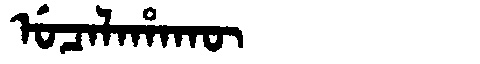
Manchu: ᡠᠴᠠᠯᠠᡥᠠᡴᡡ
Romanization: UCALAHAKŪ